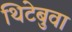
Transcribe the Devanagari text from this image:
थिटेबुवा